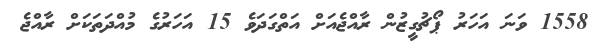
1558 ވަނަ އަހަރު ޕޯޗުގީޒުން ރާއްޖެއަށް އަތްގަދަވެ 15 އަހަރުގެ މުއްދަތަކަށް ރާއްޖެ